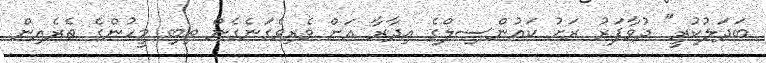
ބަދަލުކުރީ" ދުވާފަރު ރަށު ކައުންސިލްގެ އިދާރާ އަށް ވެރިވެގަނެގެން ތިބި މީހުންގެ ތެރެއިން